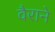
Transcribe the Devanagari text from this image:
वैराने